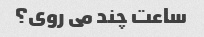
ساعت چند می روی؟